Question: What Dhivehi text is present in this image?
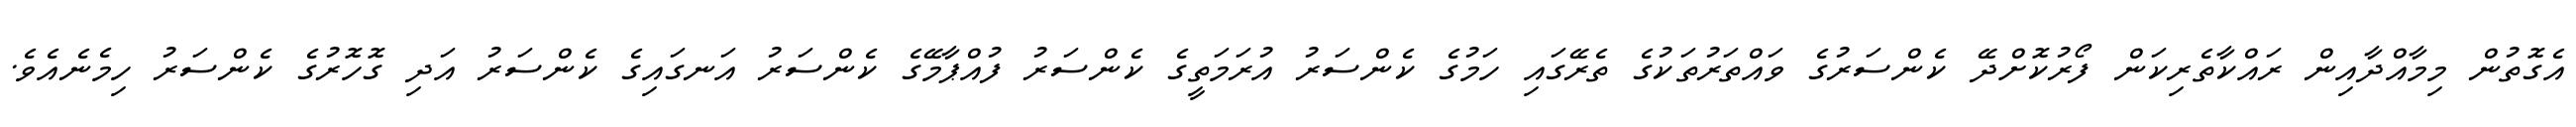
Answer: އެގޮތުން މިމާއްދާއިން ރައްކާތެރިކަން ފޯރުކޮށްދޭ ކެންސަރުގެ ވައްތަރުތަކުގެ ތެރޭގައި ހަމުގެ ކެންސަރު އުރަމަތީގެ ކެންސަރު ފުއްޕާމޭގެ ކެންސަރު އަނގައިގެ ކެންސަރު އަދި ގޮހޮރުގެ ކެންސަރު ހިމެނެއެވެ.